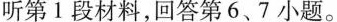
听第 1 段材料,回答第 6、7 小题。